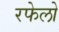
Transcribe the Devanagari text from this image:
रफेलो